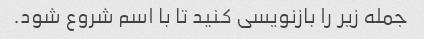
جمله زیر را بازنویسی کنید تا با اسم شروع شود.